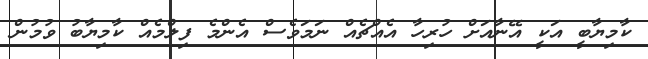
ކާމިޔާބީ އަކީ އޭނާއަށް ހުރިހާ އެއްޗެއް ނަމަވެސް އެންމެ ފިލްމެއް ކާމިޔާބު ވުމުން